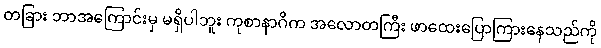
တခြား ဘာအကြောင်းမှ မရှိပါဘူး ကုစာနာဂိက အလောတကြီး ဖာထေးပြောကြားနေသည်ကို